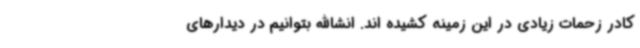
کادر زحمات زیادی در این زمینه کشیده اند. انشاالله بتوانیم در دیدارهای